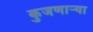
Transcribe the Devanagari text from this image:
कुजणाऱ्या